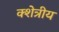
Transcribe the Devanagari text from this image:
क्शेत्रीय